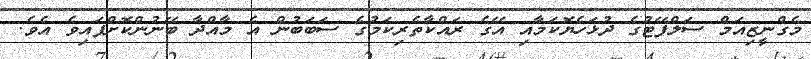
މެގްނީޒިއަމް ސަލްފޭޓުގެ ދުޅަހެޔޮކަމާއި އޭގެ ރައްކާތެރިކަމުގެ ސަބަބުން އެ މާއްދާ ބޭނުންކޮށްފައިވެ އެވެ.